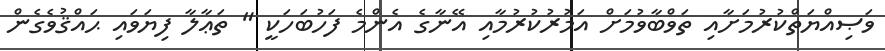
ވަޞިއްޔަތްކުރުމަށާއި ތަވްބާވުމަށް އަމުރުކުރުމާއި އޭނާގެ އެންމެ ފަހުބަހަކީ " ތަޢާލާ ފިޔަވައި ޙައްޤުވެގެން